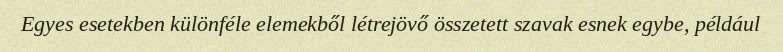
Egyes esetekben különféle elemekből létrejövő összetett szavak esnek egybe, például